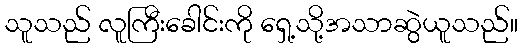
သူသည် လူကြီးခေါင်းကို ရှေ့သို့အသာဆွဲယူသည်။